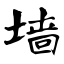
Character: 墙